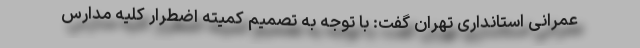
عمرانی استانداری تهران گفت: با توجه به تصمیم کمیته اضطرار کلیه مدارس